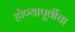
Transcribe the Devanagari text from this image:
होण्यापूर्वीचा